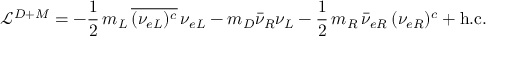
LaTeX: \mathcal { L } ^ { D + M } = - \frac { 1 } { 2 } \, m _ { L } \, \overline { { { ( \nu _ { e L } ) ^ { c } } } } \, \nu _ { e L } - m _ { D } \bar { \nu } _ { R } \nu _ { L } - \frac { 1 } { 2 } \, m _ { R } \, { \bar { \nu } _ { e R } } \, ( \nu _ { e R } ) ^ { c } + \mathrm { h . c . }